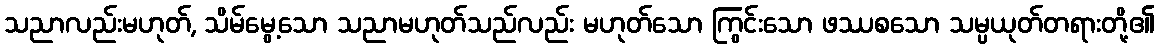
သညာလည်းမဟုတ်, သိမ်မွေ့သော သညာမဟုတ်သည်လည်း မဟုတ်သော ကြွင်းသော ဖဿစသော သမ္ပယုတ်တရားတို့၏